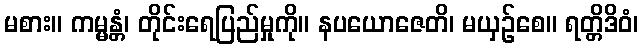
မစား။ ကမ္မန္တံ၊ တိုင်းရေပြည်မှုကို။ နပယောဇေတိ၊ မယှဉ်စေ။ ရတ္တိဒိဝံ၊